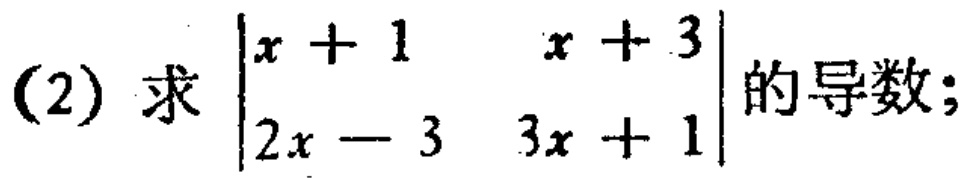
(2) 求$\begin{vmatrix}x + 1&x + 3\\2x - 3&3x + 1\end{vmatrix}$的导数；